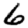
Digit: 6